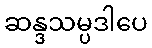
ဆန္ဒသမ္ပဒါပေ